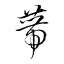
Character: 蔕